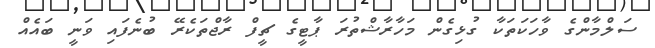
ސަލްމާންގެ ވާހަކަތަކާ ގުޅިގެން މަހާރާޝްތުރަ ޕާޓީގެ ޗީފް ރާޖްތަކެރޭ ބުނެފައި ވަނީ ބައެއް